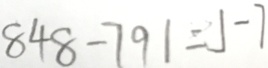
8 4 8 - 7 9 1 = 5 7